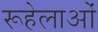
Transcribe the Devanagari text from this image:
रूहेलाओं